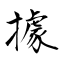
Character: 據